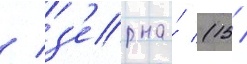
/ з'ерна́ (15 /